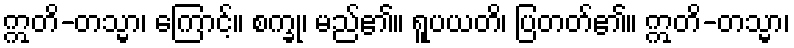
ဣတိ-တသ္မာ၊ ကြောင့်။ စက္ခု၊ မည်၏။ ရူပယတိ၊ ပြတတ်၏။ ဣတိ-တသ္မာ၊